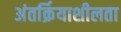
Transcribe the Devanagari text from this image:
अंतर्क्रियाशीलता